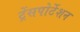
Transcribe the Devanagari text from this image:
ट्रेंसपोर्टेशन